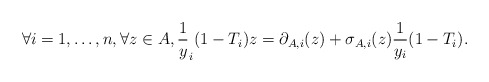
\begin{align*} \forall i = 1, \ldots, n, \forall z \in A, \frac 1y_{i}(1 -T_{i}) z = \partial_{A,i}(z) + \sigma_{A,i}(z) \frac 1{y_{i}}(1-T_{i}).\end{align*}